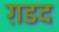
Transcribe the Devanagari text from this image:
ग़डद